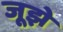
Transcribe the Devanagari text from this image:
जूझे